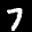
Label: 7